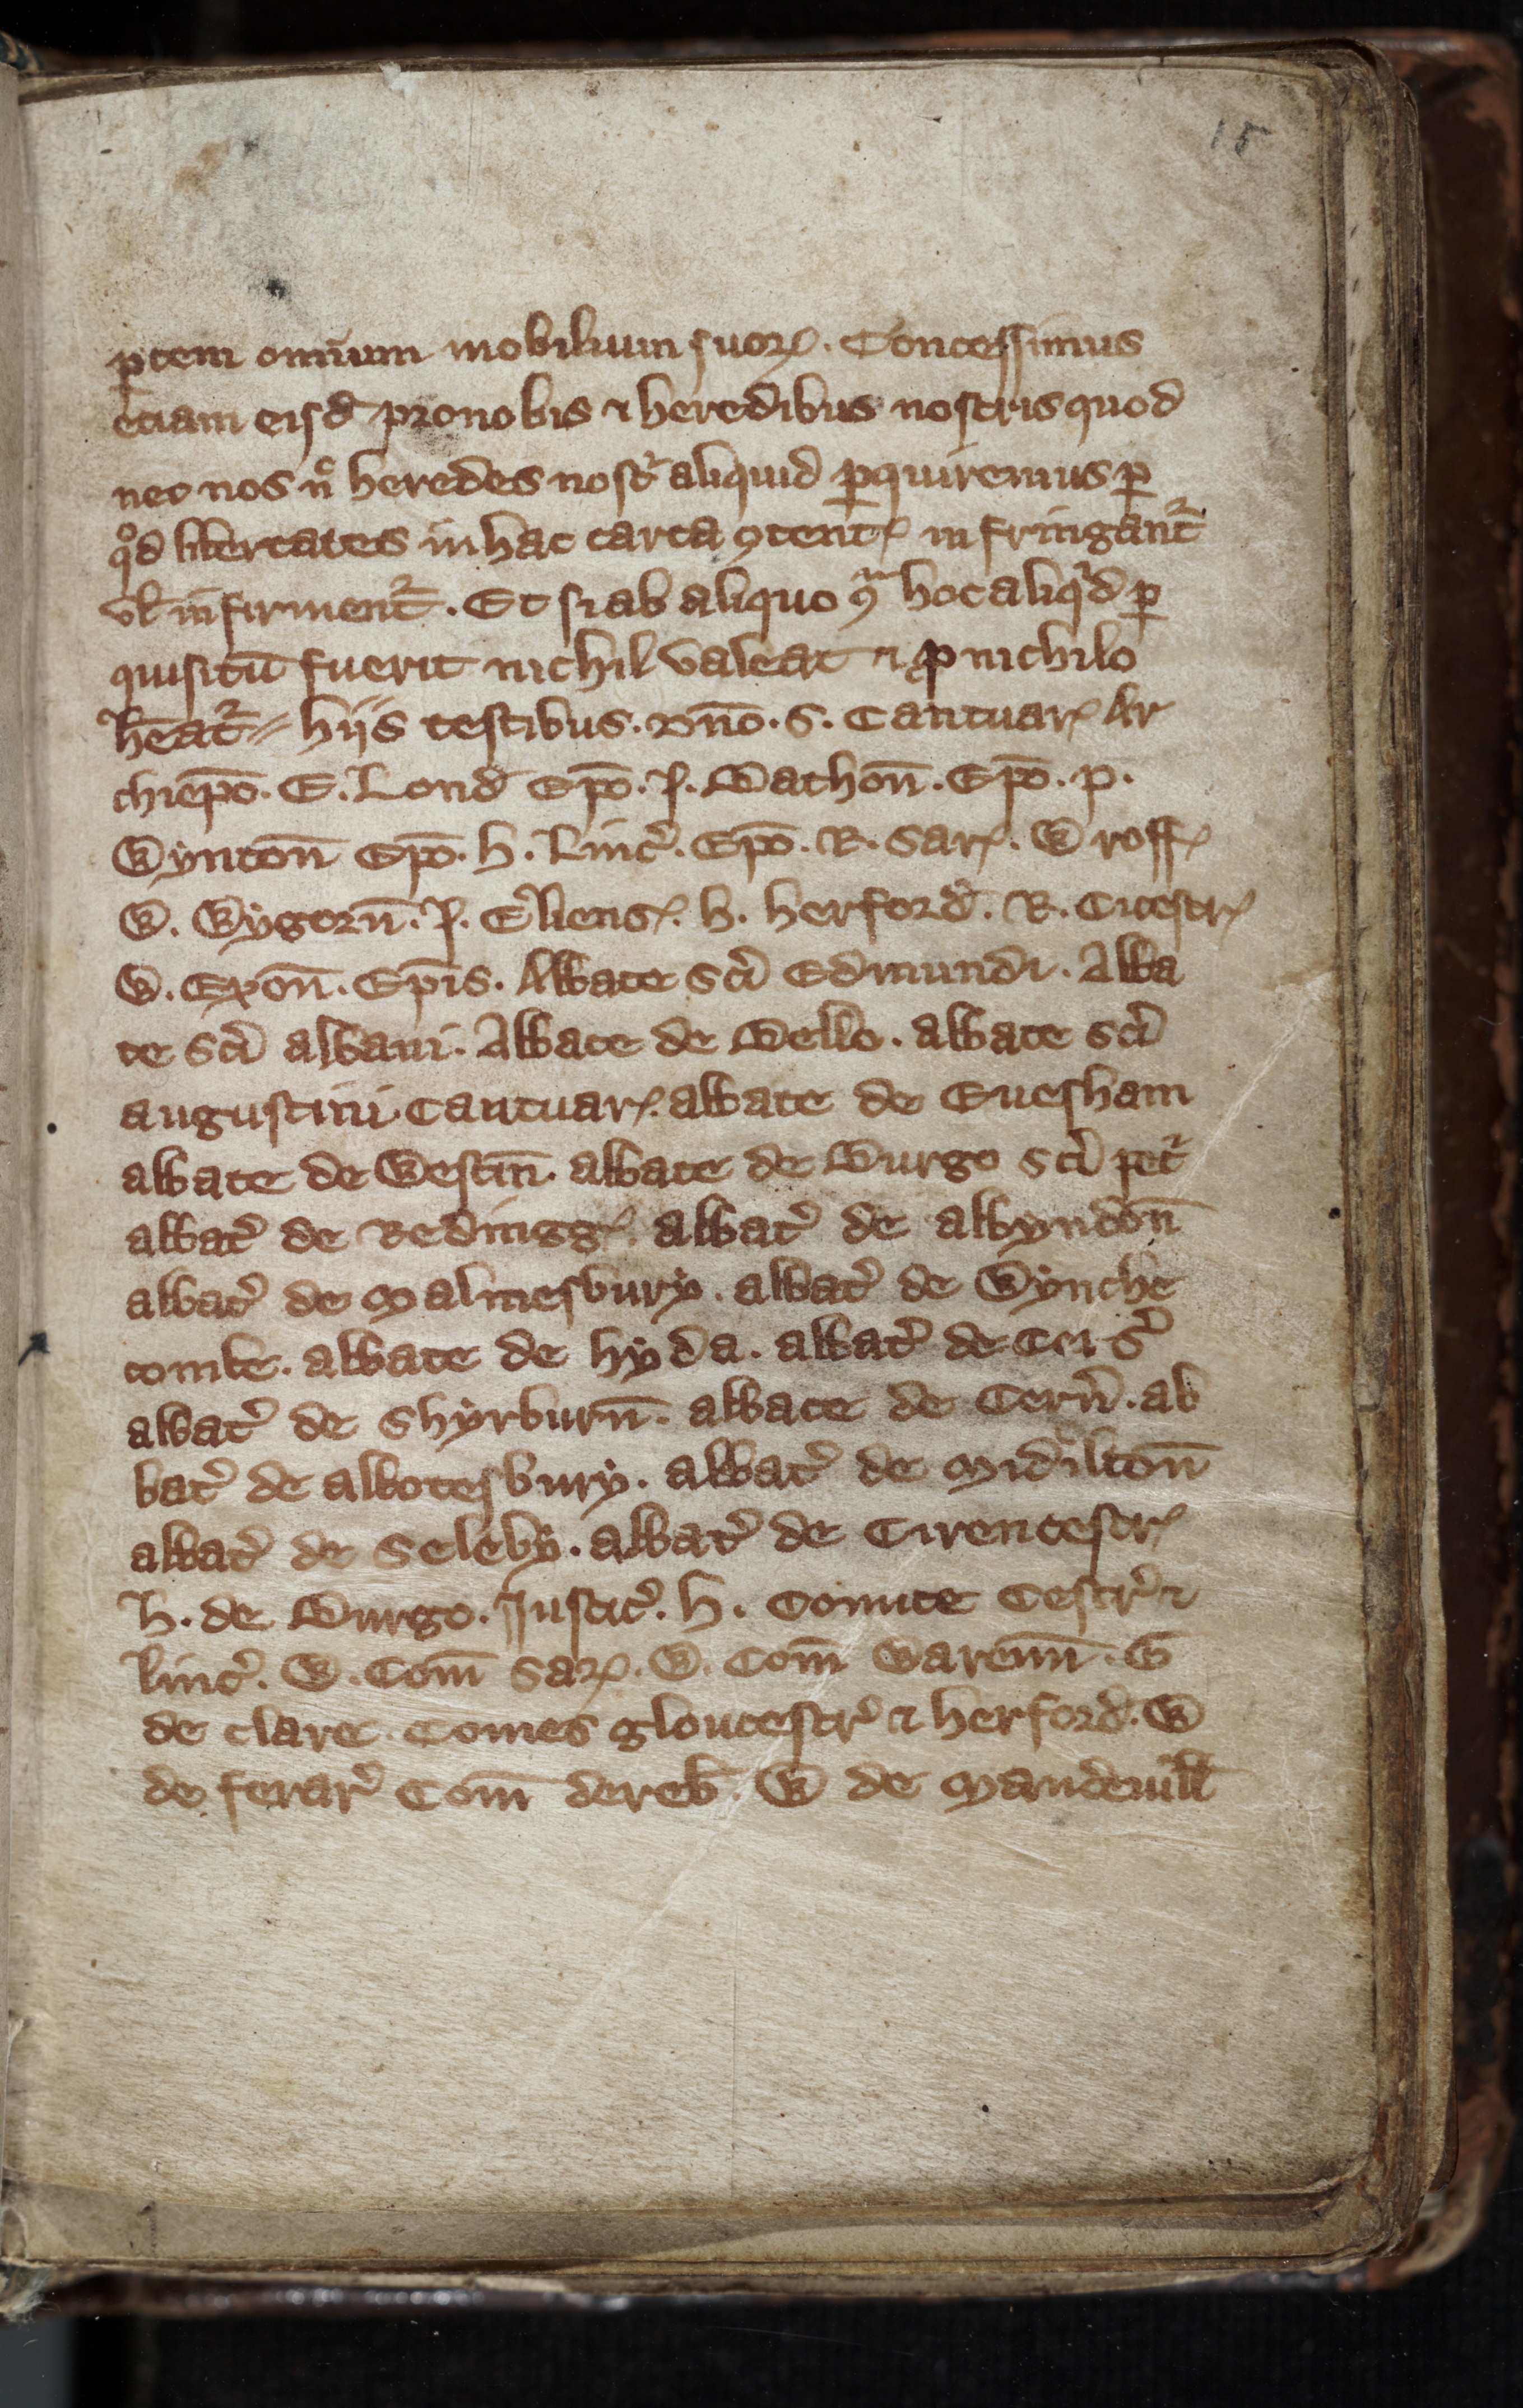
Shelfmark: Toronto, Fisher Library, ms. 01053
Century: 14